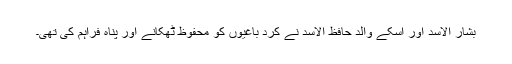
بشار الاسد اور اسکے والد حافظ الاسد نے کرد باغیوں کو محفوظ ٹھکانے اور پناہ فراہم کی تھی۔